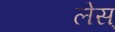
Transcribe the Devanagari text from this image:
लेस्